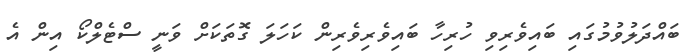
ބައްދަލުވުމުގައި ބައިވެރިވި ހުރިހާ ބައިވެރިވެރިން ކަހަލަ ގޮތަކަށް ވަނީ ސްޓެލްކޯ އިން އެ